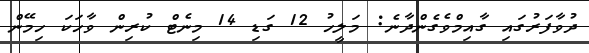
ދުވާފަރުގައި ގާއިމްވެގެންދާނެ: މަލީހު 12 ގަޑި 14 މިނެޓް ކުރިން ވާހަކަ ހިމޭން